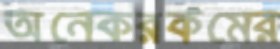
অনেকরকমের